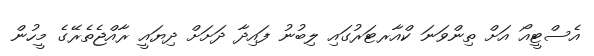
އެސްޓީއޯ އަށް ތިންވަނަ ކްއާރޓަރުގައި ލިބުނު ފައިދާ ދަށަށް ދިޔައީ ރާއްޖެތެރޭގެ މީހުން